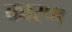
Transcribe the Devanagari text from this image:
कारण